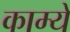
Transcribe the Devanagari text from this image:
काम्ये